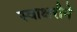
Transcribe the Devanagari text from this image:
स्वाक्षरीने